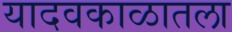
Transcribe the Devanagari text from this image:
यादवकाळातला